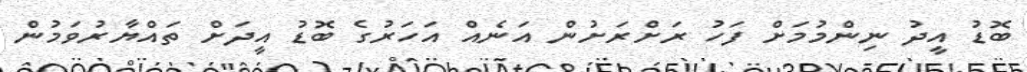
ބޮޑު އީދު ނިންމުމަށް ފަހު ރަށްރަށުން އަނެއް އަހަރުގެ ބޮޑު އީދަށް ތައްޔާރުވަމުން